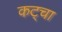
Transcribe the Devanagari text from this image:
कट्चा